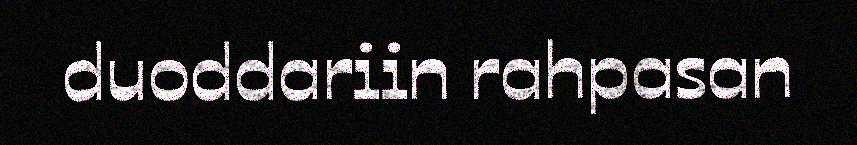
duoddariin rahpasan